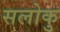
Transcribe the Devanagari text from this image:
सलोकु